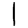
Digit: 1